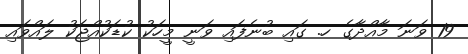
19 ވަނަ މާއްދާގެ ހ. ގައި ބުނެފައި ވަނީ މީހަކު ކުޑަކުއްޖަކު ލައްވައި